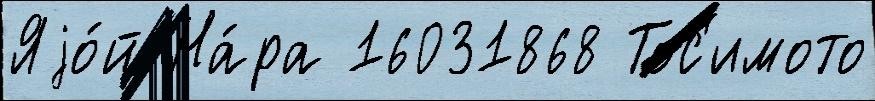
Яjо́й На́ра 16031868 Тос'имото